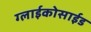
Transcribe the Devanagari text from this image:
ग्लाईकोसाईड